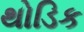
થોડિક